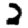
Digit: 2